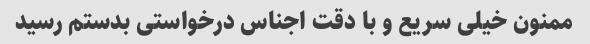
ممنون خیلی سریع و با دقت اجناس درخواستی بدستم رسید